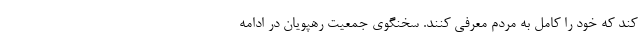
کند که خود را کامل به مردم معرفی کنند. سخنگوی جمعیت رهپویان در ادامه